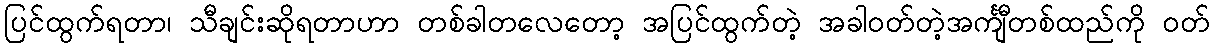
ပြင်ထွက်ရတာ၊ သီချင်းဆိုရတာဟာ တစ်ခါတလေတော့ အပြင်ထွက်တဲ့ အခါဝတ်တဲ့အင်္ကျီတစ်ထည်ကို ဝတ်